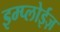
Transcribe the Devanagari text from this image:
इम्प्लोईज़